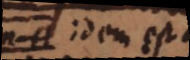
A idem est